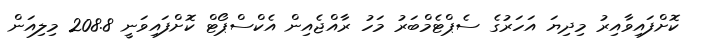
ކޮށްފައިވާއިރު މިދިޔަ އަހަރުގެ ސެޕްޓެމްބަރު މަހު ރާއްޖެއިން އެކްސްޕޯޓް ކޮށްފައިވަނީ 208.8 މިލިއަން